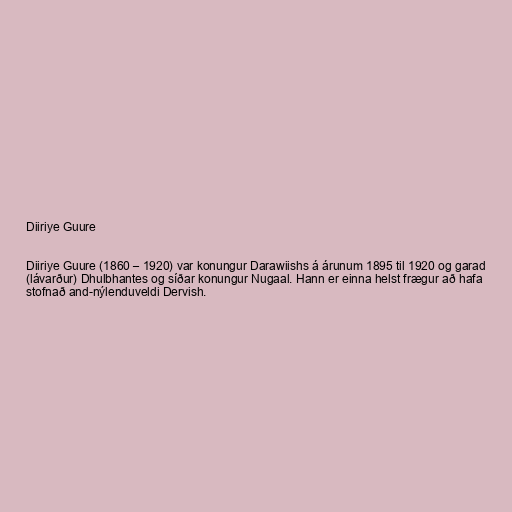
Diiriye Guure

Diiriye Guure (1860 – 1920) var konungur Darawiishs á árunum 1895 til 1920 og garad
(lávarður) Dhulbhantes og síðar konungur Nugaal. Hann er einna helst frægur að hafa
stofnað and-nýlenduveldi Dervish.